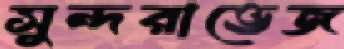
সুন্দরাভেজ